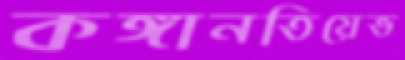
কঙ্গানতিয়েভ